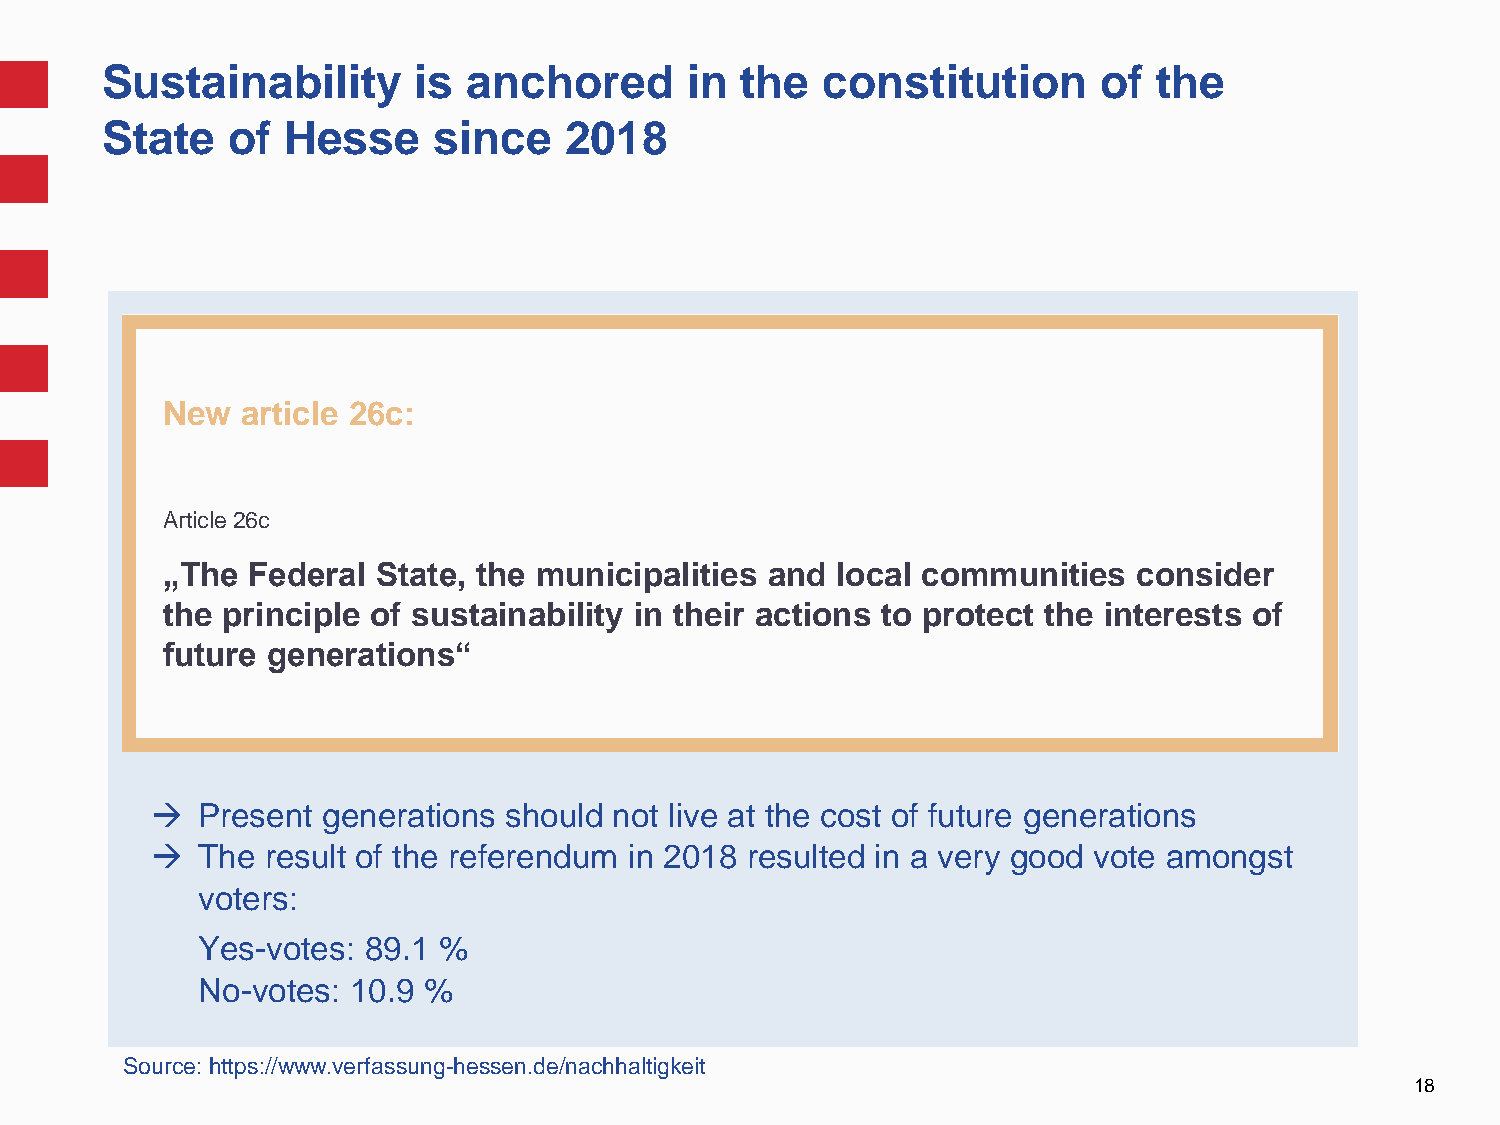
Sustainability      is  anchored      in  the  constitution       of  the
 State   of  Hesse     since   2018
 New  article 26c:
 Article 26c
 „The Federal  State, the municipalities and local communities   consider
 the principle of sustainability in their actions to protect the interests of
 future generations“
   Present generations should  not live at the cost of future generations
   The  result of the referendum in 2018 resulted in a very good vote amongst
 voters:
 Yes-votes: 89.1 %
 No-votes: 10.9 %
 Source: https://www.verfassung-hessen.de/nachhaltigkeit
 18